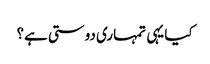
کیا یہی تمہاری دوستی ہے؟